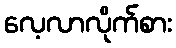
လေ့လာလိုက်စား